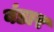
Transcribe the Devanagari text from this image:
बंडार